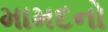
મામદનો